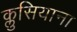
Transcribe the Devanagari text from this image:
क्लुसियाना